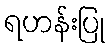
ရဟန်းပြု